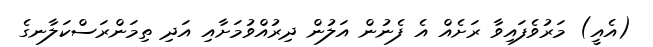
(އެއީ) މަރުވެފައިވާ ރަށެއް އެ ފެނުން އަލުން ދިރުއްވުމަށާއި އަދި ތިމަންރަސްކަލާނގެ